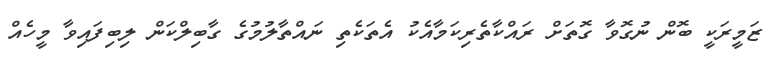
ޒަމީރަކީ ބޮން ނުގޮވާ ގޮތަށް ރައްކާތެރިކަމާއެކު އެތަކެތި ނައްތާލުމުގެ ގާބިލްކަން ލިބިފައިވާ މީހެއް